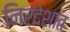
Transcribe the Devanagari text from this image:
निर्देशात